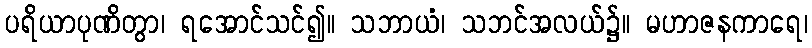
ပရိယာပုဏိတွာ၊ ရအောင်သင်၍။ သဘာယံ၊ သဘင်အလယ်၌။ မဟာဇနကာရေ၊